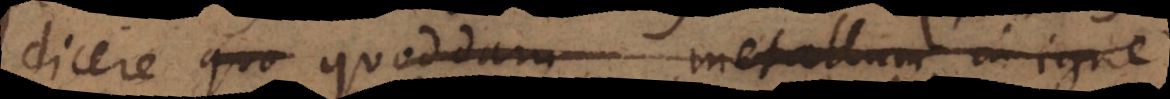
dicere quoddam metallum in igne